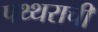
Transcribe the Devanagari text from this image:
पथ्थराची